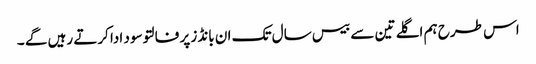
اس طرح ہم اگلے تین سے بیس سال تک ان بانڈز پر فالتو سود ادا کرتے رہیں گے ۔